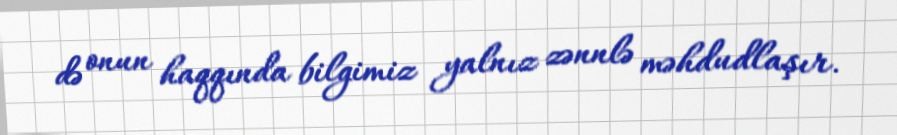
də onun haqqında bilgimiz yalnız zənnlə məhdudlaşır.